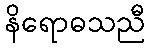
နိရောဓသညီ